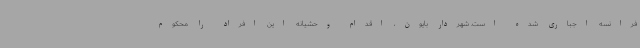
فرانسه اجباری شده است. شهردار بایون، اقدام وحشیانه این افراد را محکوم